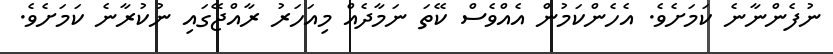
ނުފެންނާނެ ކަމަށެވެ. އެހެންކަމުން އެއްވެސް ކޭތަ ނަމާދެއް މިއަހަރު ރާއްޖޭގައި ނުކުރާނެ ކަމަށެވެ.